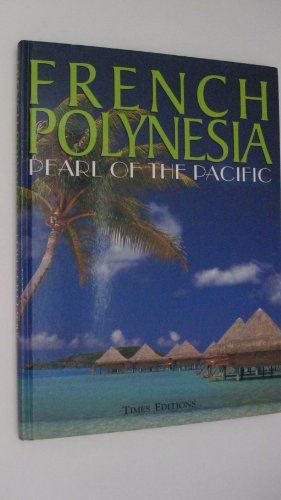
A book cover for French Polynesia - Pearl of the Pacific; Jenny Haworth; Travel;